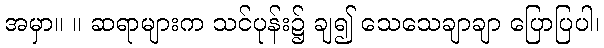
အမှာ။ ။ ဆရာများက သင်ပုန်း၌ ချ၍ သေသေချာချာ ပြောပြပါ၊